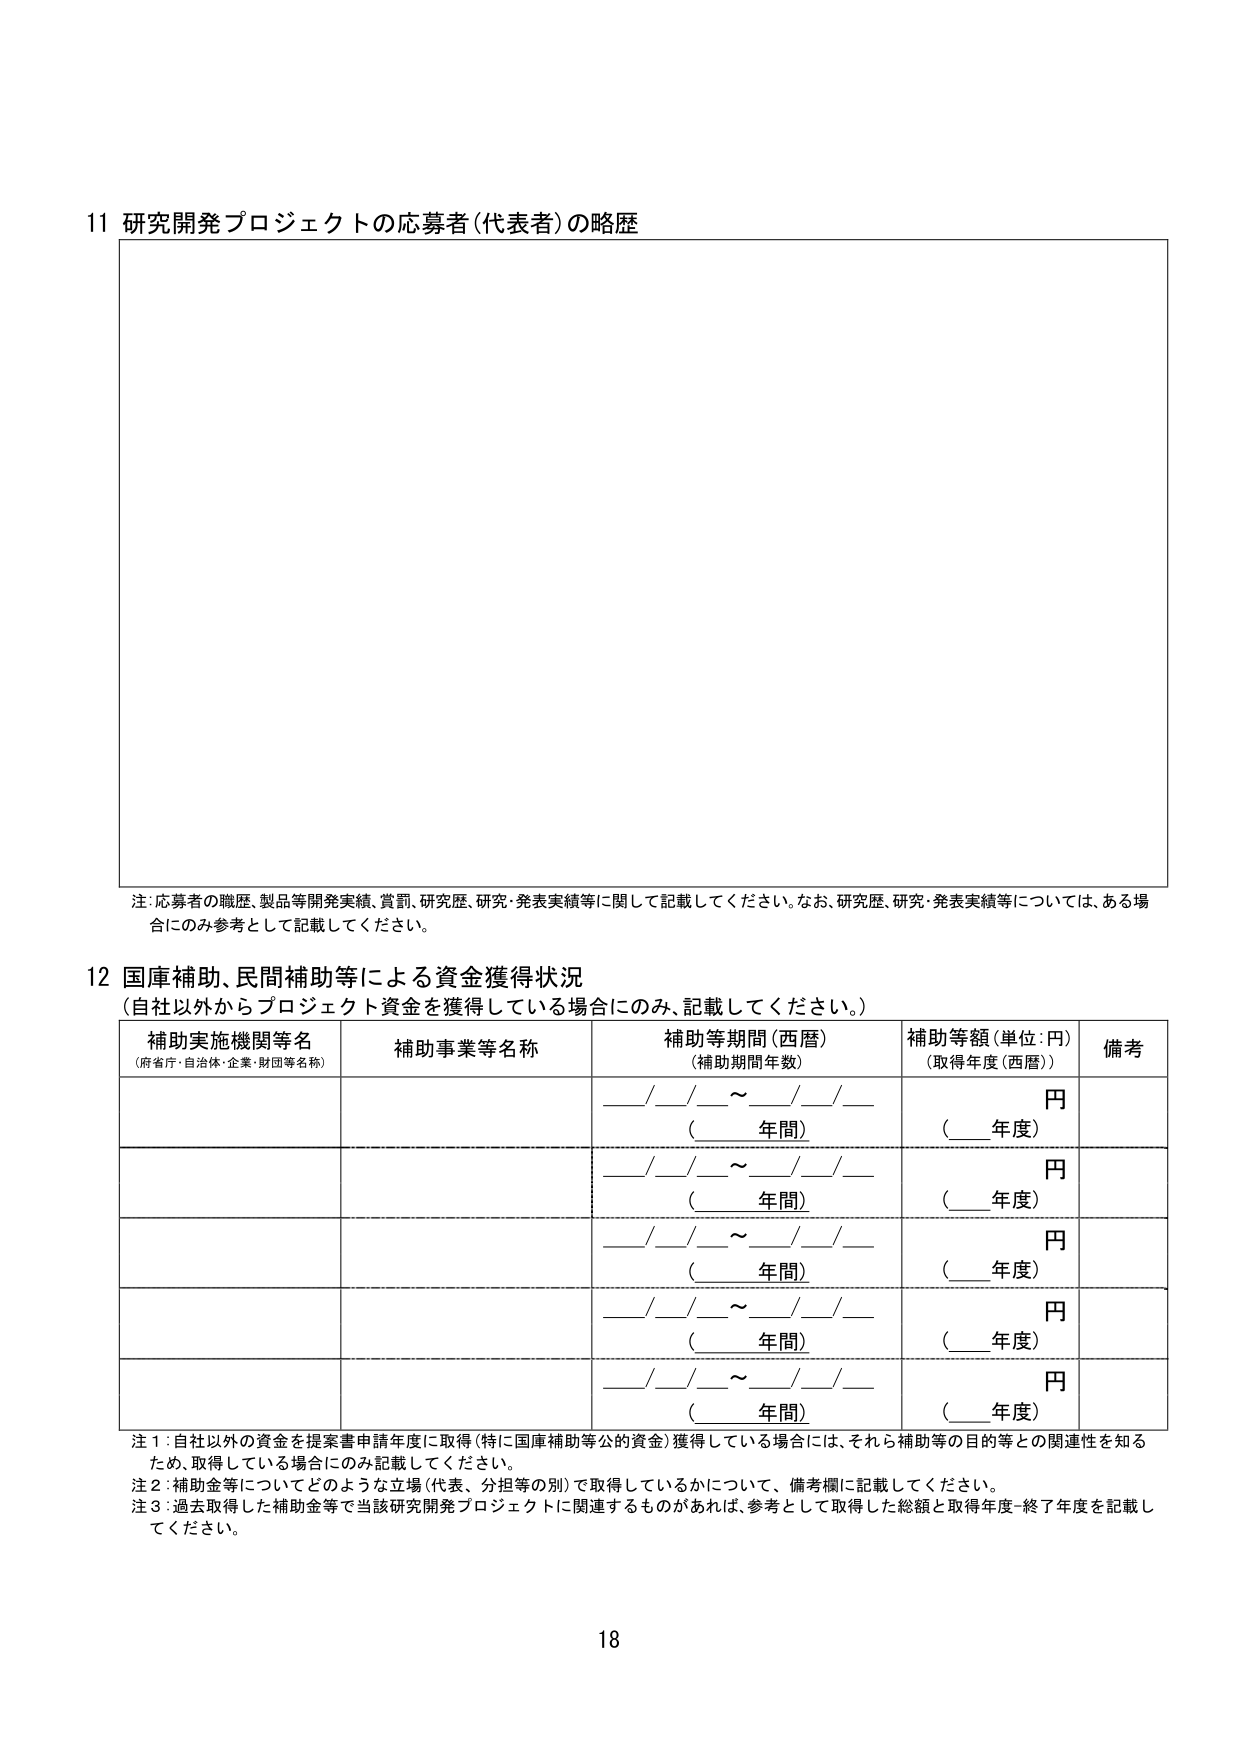
11 研究開発プロジェクトの応募者（代表者）の略歴

注：応募者の職歴、製品等開発実績、賞罰、研究歴、研究・発表実績等に関して記載してください。なお、研究歴、研究・発表実績等については、ある場合にのみ参考として記載してください。

12 国庫補助、民間補助等による資金獲得状況
（自社以外からプロジェクト資金を獲得している場合にのみ、記載してください。）

補助実施機関等名
（府省庁・自治体・企業・財団等名称）　補助事業等名称　補助等期間（西暦）
（補助期間年数）　補助等額（単位：円）
（取得年度（西暦））　備考

__/__/__～__/__/__
（____年間）　円
（____年度）

__/__/__～__/__/__
（____年間）　円
（____年度）

__/__/__～__/__/__
（____年間）　円
（____年度）

__/__/__～__/__/__
（____年間）　円
（____年度）

__/__/__～__/__/__
（____年間）　円
（____年度）

注1：自社以外の資金を提案書申請年度に取得（特に国庫補助等公的資金）獲得している場合には、それら補助等の目的等との関連性を知るため、取得している場合にのみ記載してください。
注2：補助金等についてどのような立場（代表、分担等の別）で取得しているかについて、備考欄に記載してください。
注3：過去取得した補助金等で当該研究開発プロジェクトに関連するものがあれば、参考として取得した総額と取得年度-終了年度を記載してください。

18